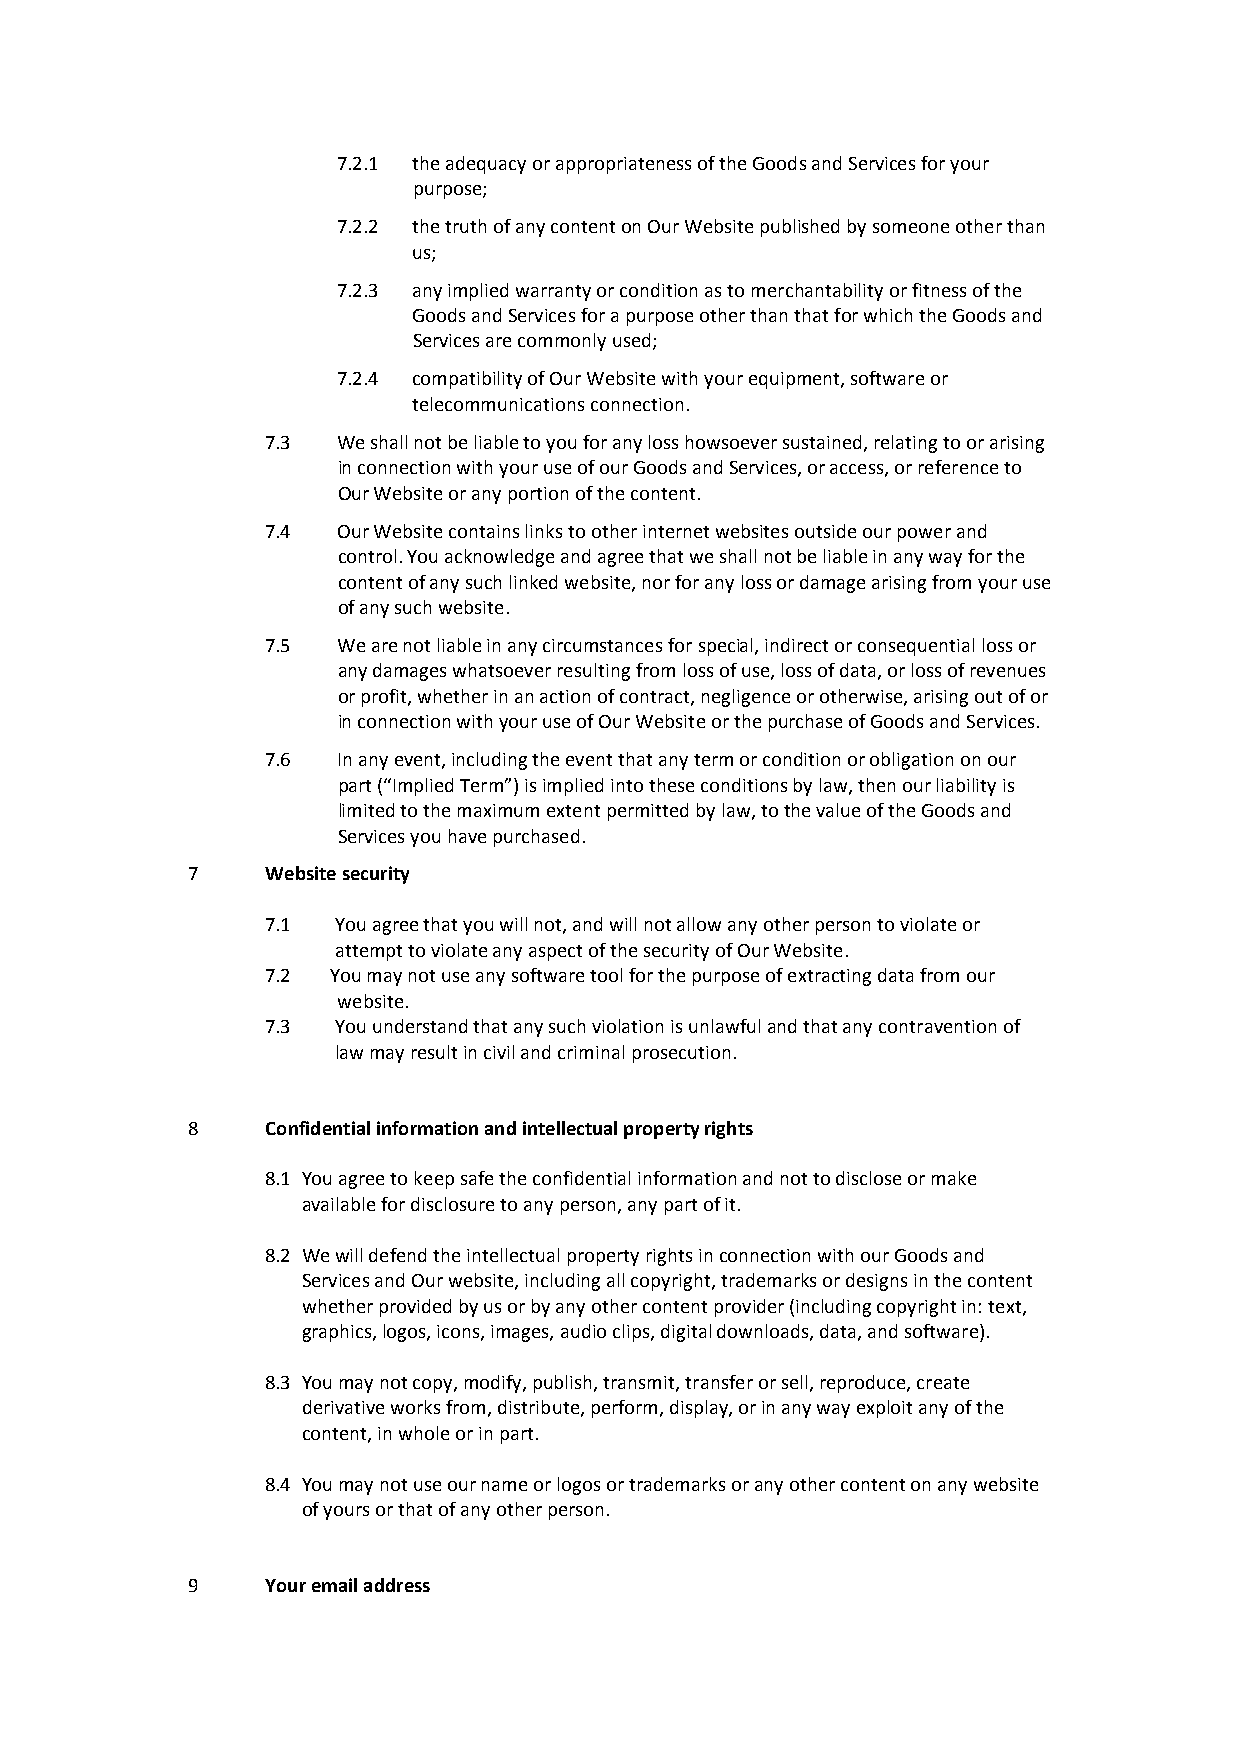
7.2.1 the adequacy or appropriateness of the Goods and Services for your
 purpose;
 7.2.2 the truth of any content on Our Website published by someone other than
 us;
 7.2.3 any implied warranty or condition as to merchantability or fitness of the
 Goods and Services for a purpose other than that for which the Goods and
 Services are commonly used;
 7.2.4 compatibility of Our Website with your equipment, software or
 telecommunications connection.
 7.3 We shall not be liable to you for any loss howsoever sustained, relating to or arising
 in connection with your use of our Goods and Services, or access, or reference to
 Our Website or any portion of the content.
 7.4 Our Website contains links to other internet websites outside our power and
 control. You acknowledge and agree that we shall not be liable in any way for the
 content of any such linked website, nor for any loss or damage arising from your use
 of any such website.
 7.5 We are not liable in any circumstances for special, indirect or consequential loss or
 any damages whatsoever resulting from loss of use, loss of data, or loss of revenues
 or profit, whether in an action of contract, negligence or otherwise, arising out of or
 in connection with your use of Our Website or the purchase of Goods and Services.
 7.6 In any event, including the event that any term or condition or obligation on our
 part (“Implied Term”) is implied into these conditions by law, then our liability is
 limited to the maximum extent permitted by law, to the value of the Goods and
 Services you have purchased.
 7     Website security
 7.1 You agree that you will not, and will not allow any other person to violate or
 attempt to violate any aspect of the security of Our Website.
 7.2 You may not use any software tool for the purpose of extracting data from our
 website.
 7.3 You understand that any such violation is unlawful and that any contravention of
 law may result in civil and criminal prosecution.
 8     Confidential information and intellectual property rights
 8.1 You agree to keep safe the confidential information and not to disclose or make
 available for disclosure to any person, any part of it.
 8.2 We will defend the intellectual property rights in connection with our Goods and
 Services and Our website, including all copyright, trademarks or designs in the content
 whether provided by us or by any other content provider (including copyright in: text,
 graphics, logos, icons, images, audio clips, digital downloads, data, and software).
 8.3 You may not copy, modify, publish, transmit, transfer or sell, reproduce, create
 derivative works from, distribute, perform, display, or in any way exploit any of the
 content, in whole or in part.
 8.4 You may not use our name or logos or trademarks or any other content on any website
 of yours or that of any other person.
 9     Your email address